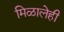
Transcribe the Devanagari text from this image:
मिळालेही